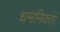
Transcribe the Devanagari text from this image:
धमनिकाएं